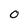
Character: O